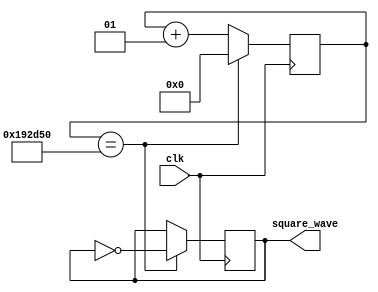
//A program to make a square wave
module square_wave (input wire clk, output reg square_wave);
	//Board clock is 66MHZ
	localparam CLOCK_FREQUENCY = 66000000;
	//Change frequency here:
	localparam freq = 20;
	//Half Duty Cycle
	localparam COUNT_FREQ = CLOCK_FREQUENCY / freq / 2;
	integer counter = 0;
	
	always @ (posedge clk) begin
		if (counter == COUNT_FREQ) begin
			counter <= 0; 
			square_wave <= ~square_wave;
		end else begin
			counter <= counter + 1;
		end
	end
endmodule